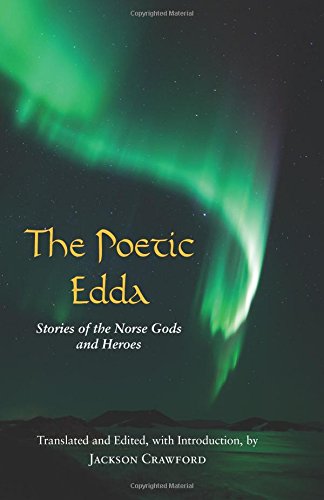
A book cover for The Poetic Edda: Stories of the Norse Gods and Heroes (Hackett Classics); Jackson Crawford; Literature & Fiction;